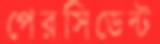
পেরসিডেন্ট